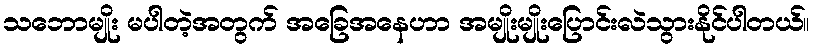
သဘောမျိုး မပါတဲ့အတွက် အခြေအနေဟာ အမျိုးမျိုးပြောင်းလဲသွားနိုင်ပါတယ်။